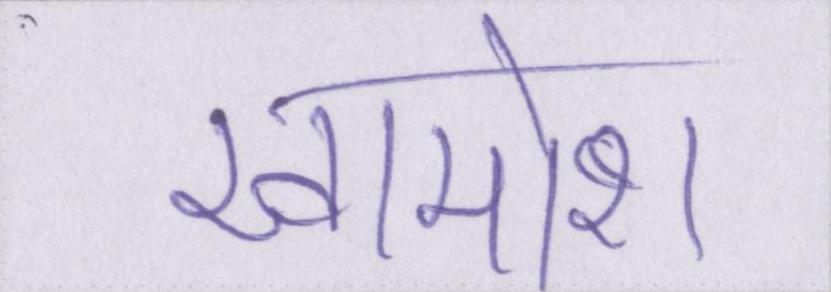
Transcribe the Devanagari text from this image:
खामोश